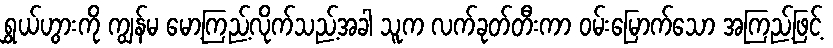
ရွှယ်ဟွားကို ကျွန်မ မော့ကြည့်လိုက်သည့်အခါ သူက လက်ခုတ်တီးကာ ဝမ်းမြောက်သော အကြည့်ဖြင့်